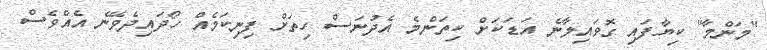
"މަންމާ" ކިޔާފައި ގޮވައިލާނެ އަޑަކަށް ކިތަންމެ އެދުނަސް ހިތަށް ފިނިކަމެއް ހޯދައިދެވޭނެ އެއްވެސް